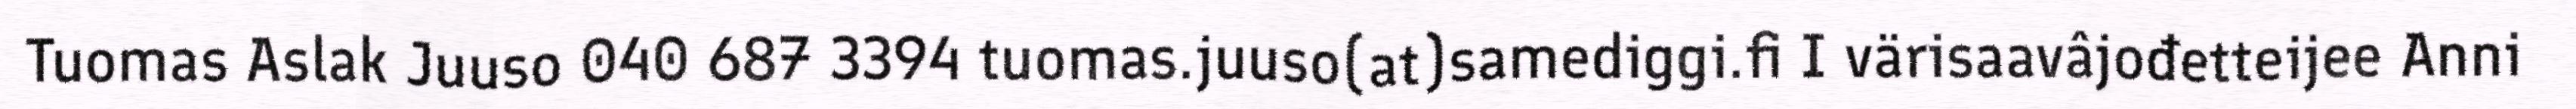
Tuomas Aslak Juuso 040 687 3394 tuomas.juuso(at)samediggi.fi I värisaavâjođetteijee Anni